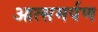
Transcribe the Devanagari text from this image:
आत्समर्पण